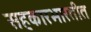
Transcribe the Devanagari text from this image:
सहकारभारतीत